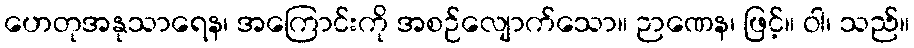
ဟေတုအနုသာရေန၊ အကြောင်းကို အစဉ်လျောက်သော။ ဉာဏေန၊ ဖြင့်။ ဝါ၊ သည်။